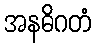
အနဓိဂတံ